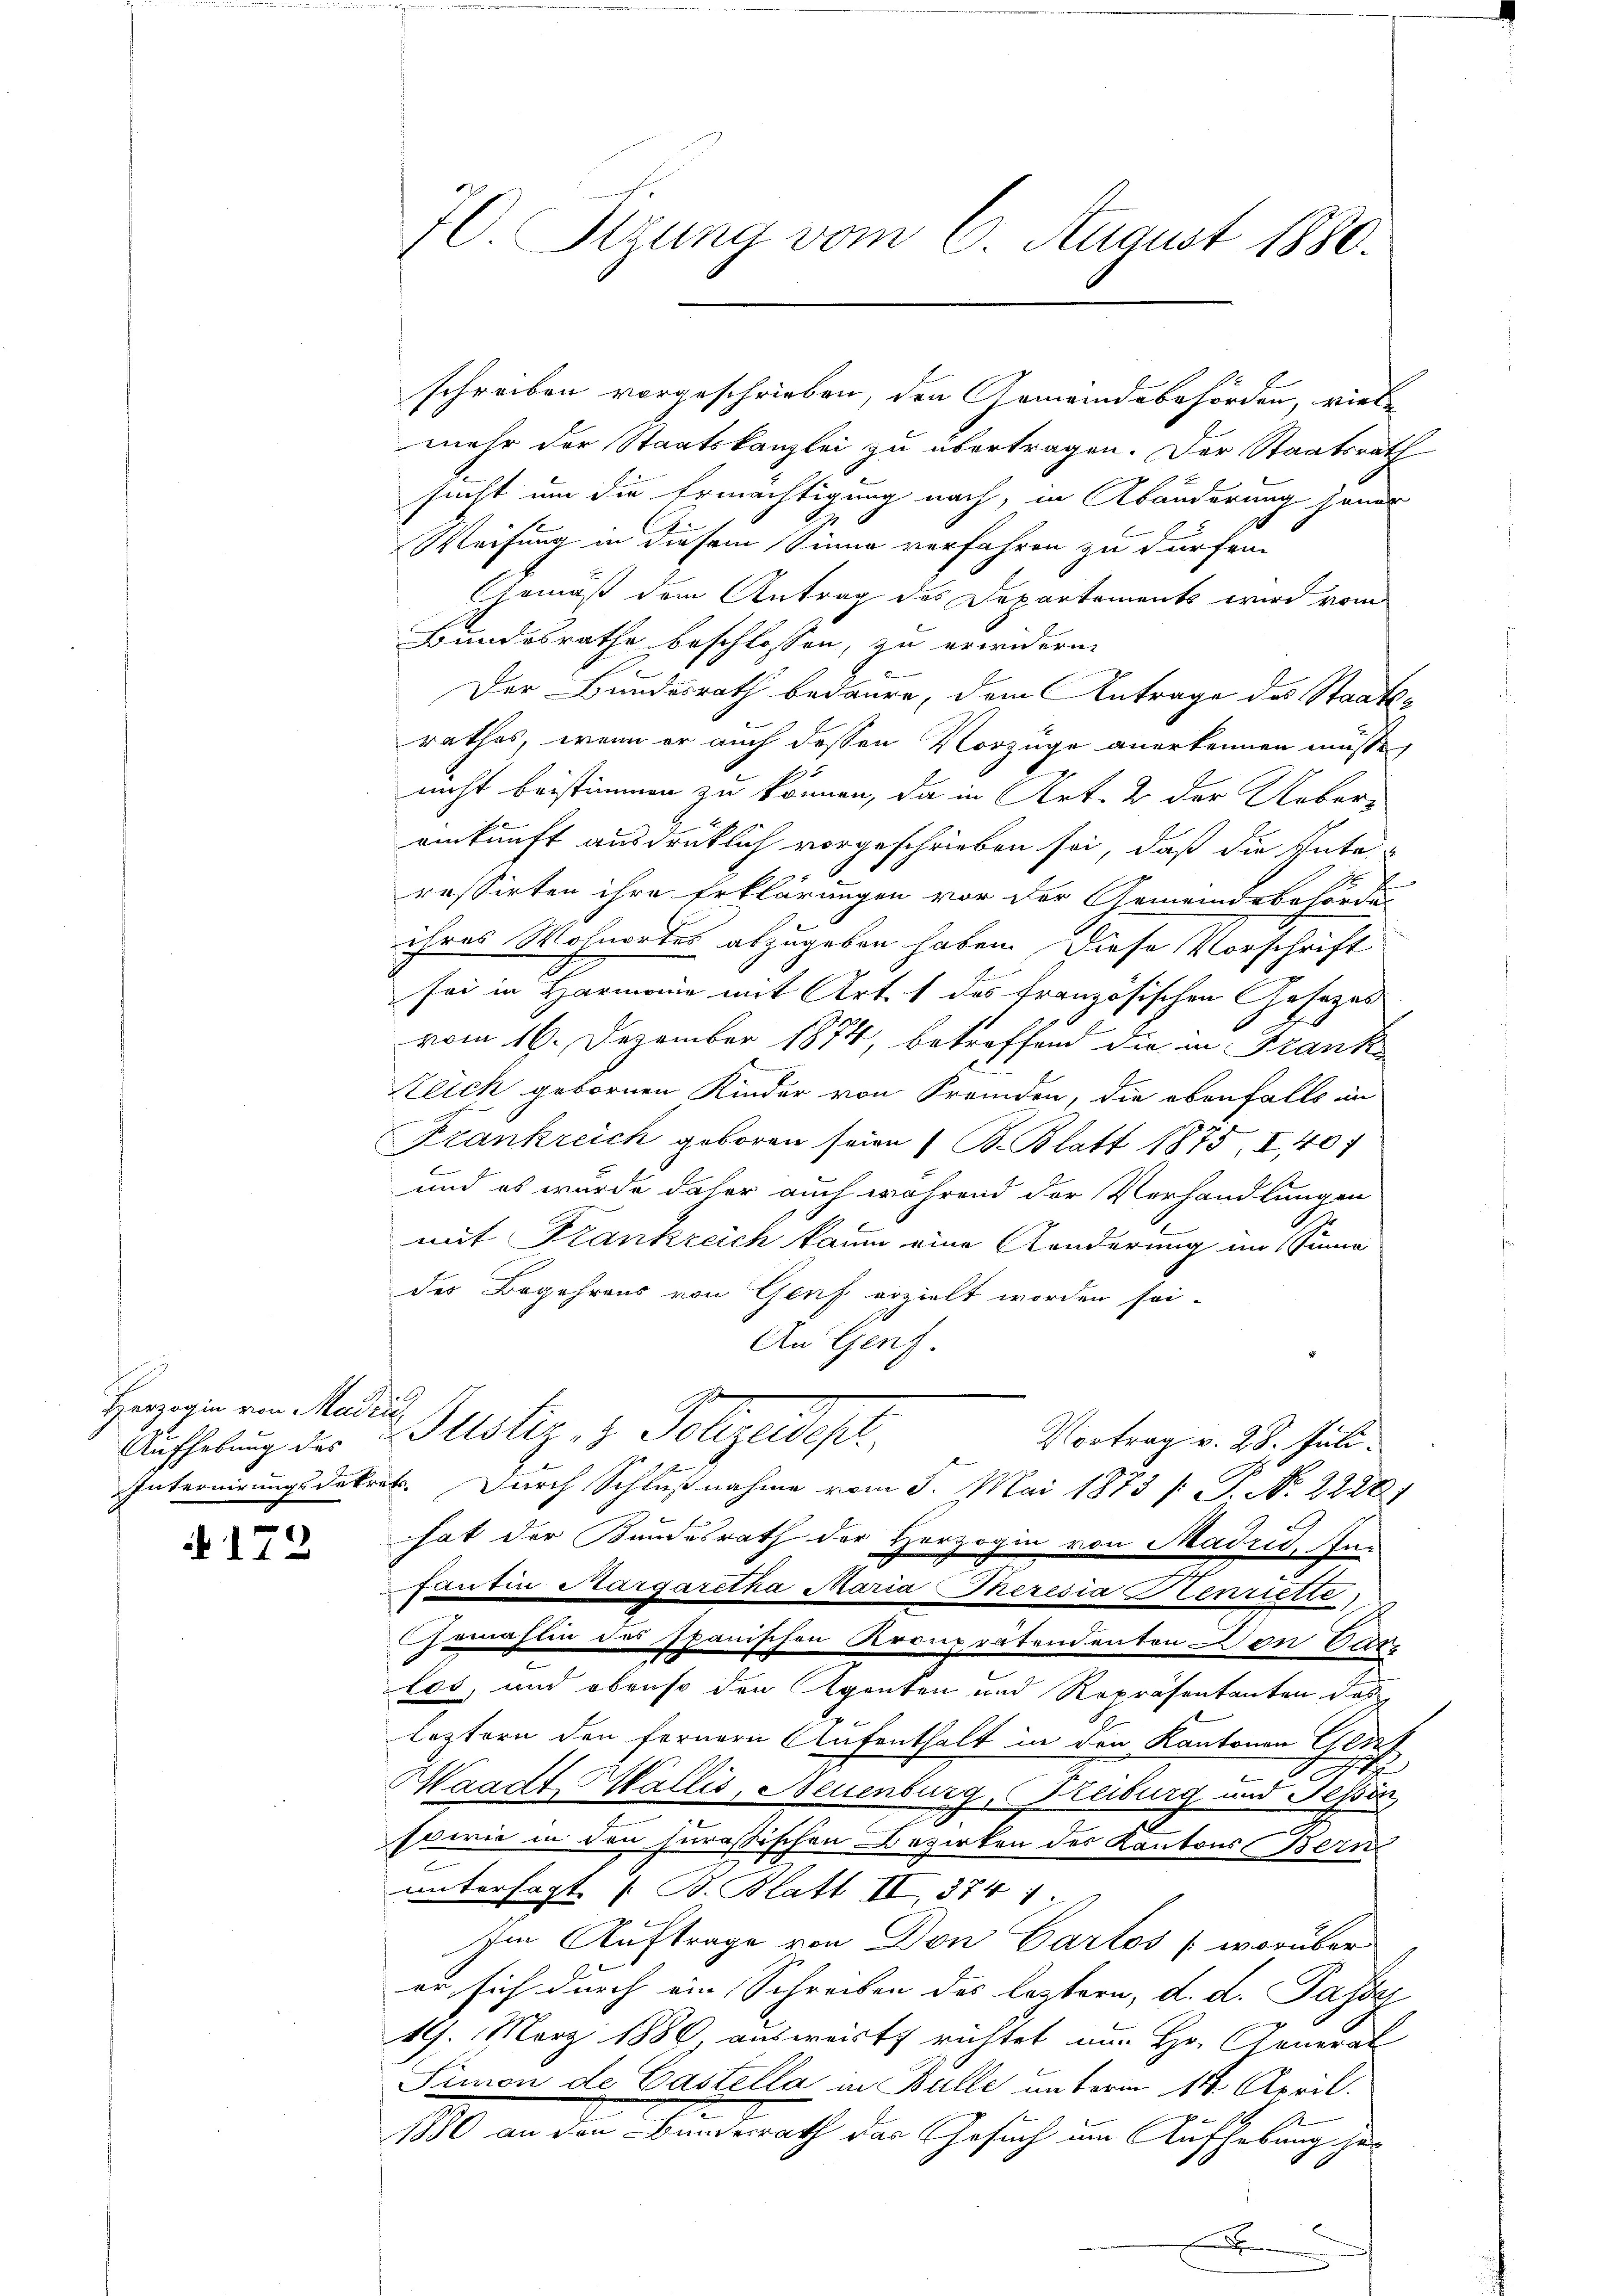
Herzogin von Madri
Aufhebung des

172

70. Sizung vom 6. August 1880.

schreiben vorgeschrieben, den Gemeindebehörden, riebe
mehr der Staatskanzlei zu übertragen. Der Staatsrath
sucht um die Ermächtigung nach, in Abänderung jener
Weisung in diesem Sinne verfahren zu dürfen.
Gemäß dem Antrag des Departements wird vom
Bundesrathe beschlossen, zu erwidern.
Der Bundesrath bedaure, dem Antrage des Staatsrathes, wenn er auch dessen Vorzüge anerkennen müsse
E
nicht bestimmen zu können, da in Art. 2 der Ueber-
einkunft ausdrücklich vorgeschrieben sei, daß die Intes
ressirten ihre Erklärungen vor der Gemeindsbehörde
ihres Wohnortes abzugeben haben. Diese Vorschrift
sei in Harmonie mit Art. 1 des französischen Gesezes
vom 16. Dezember 1874, betreffend die in Franke
Zeich gebornen Kinder von Fremden, die ebenfalls in
Frankreich geboren seien / B. Blatt 1875, I, 407
und es wurde daher auch während der Verhandlungen
mit Frankreich kaum eine Aenderung im Sinne
des Begehrens von Genf erzielt worden sei-
An Genf.
Justiz- & Polizeidest. Vertrag v. 28. hält.
Internirungsdekret. Durch Schlußnahme vom 5. Mai 1873 /: P. Nr. 22281
hat der Bundesrath der Herzogin von Madrid, Pan
Fantin Margaretha Maria Theresia Henriette,
Gemahlin des spanischen Kronprätendenten Don Orde
c
los, und obenso den Agenten und Repräsentanten das
leztern den fernern Aufenthalt in den Kantonen Genf

Waadt, Wallis, Neuenburg (Freiburg und Nessin,
.
sowie in den Jurassischen Bezirken des Kantons Bern
untersagt ( B. Blatt II 374 1.
Im Auftrage von Don Cartos (worüber
er, sich durch ein Schreiben des leztern, d. d. Pass
19. März 1886 ausweist richtet um Hr. General
Simon de Castella in Bulle unterm 14. April.
1880 an den Bundesrath das Gesuch um Aufhebung ge¬
.